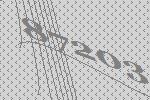
87203